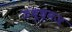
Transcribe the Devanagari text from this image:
जंबूध्वज